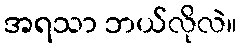
အရသာ ဘယ်လိုလဲ။